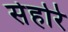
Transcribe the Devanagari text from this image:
सेहोरे